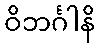
ဝိဘင်္ဂါနိ